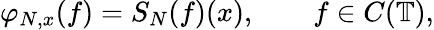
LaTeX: \varphi_{N,x}(f)=S_{N}(f)(x),\qquad f\in C(\mathbb{T}),